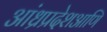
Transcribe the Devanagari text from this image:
आंध्रप्रदेशआणि